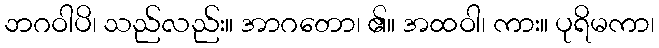
ဘဂဝါပိ၊ သည်လည်း။ အာဂတော၊ ၏။ အထဝါ၊ ကား။ ပုရိမကာ၊